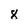
Character: 8